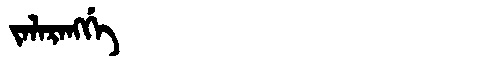
Manchu: ᠵᠠᠯᠠᡵᠠᠩᡤᡝ
Romanization: JALARANGGE